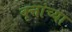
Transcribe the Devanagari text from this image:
वृत्तांच्या